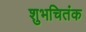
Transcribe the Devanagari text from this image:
शुभचितंक